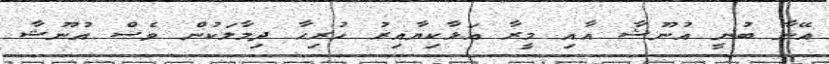
އޭނާ ބުނީ އުނޫޝާ އާއި މީރާ އަޅާކިޔާއިރު ހުރިހާ ދިމާލަކުން ވެސް އުނޫޝާ